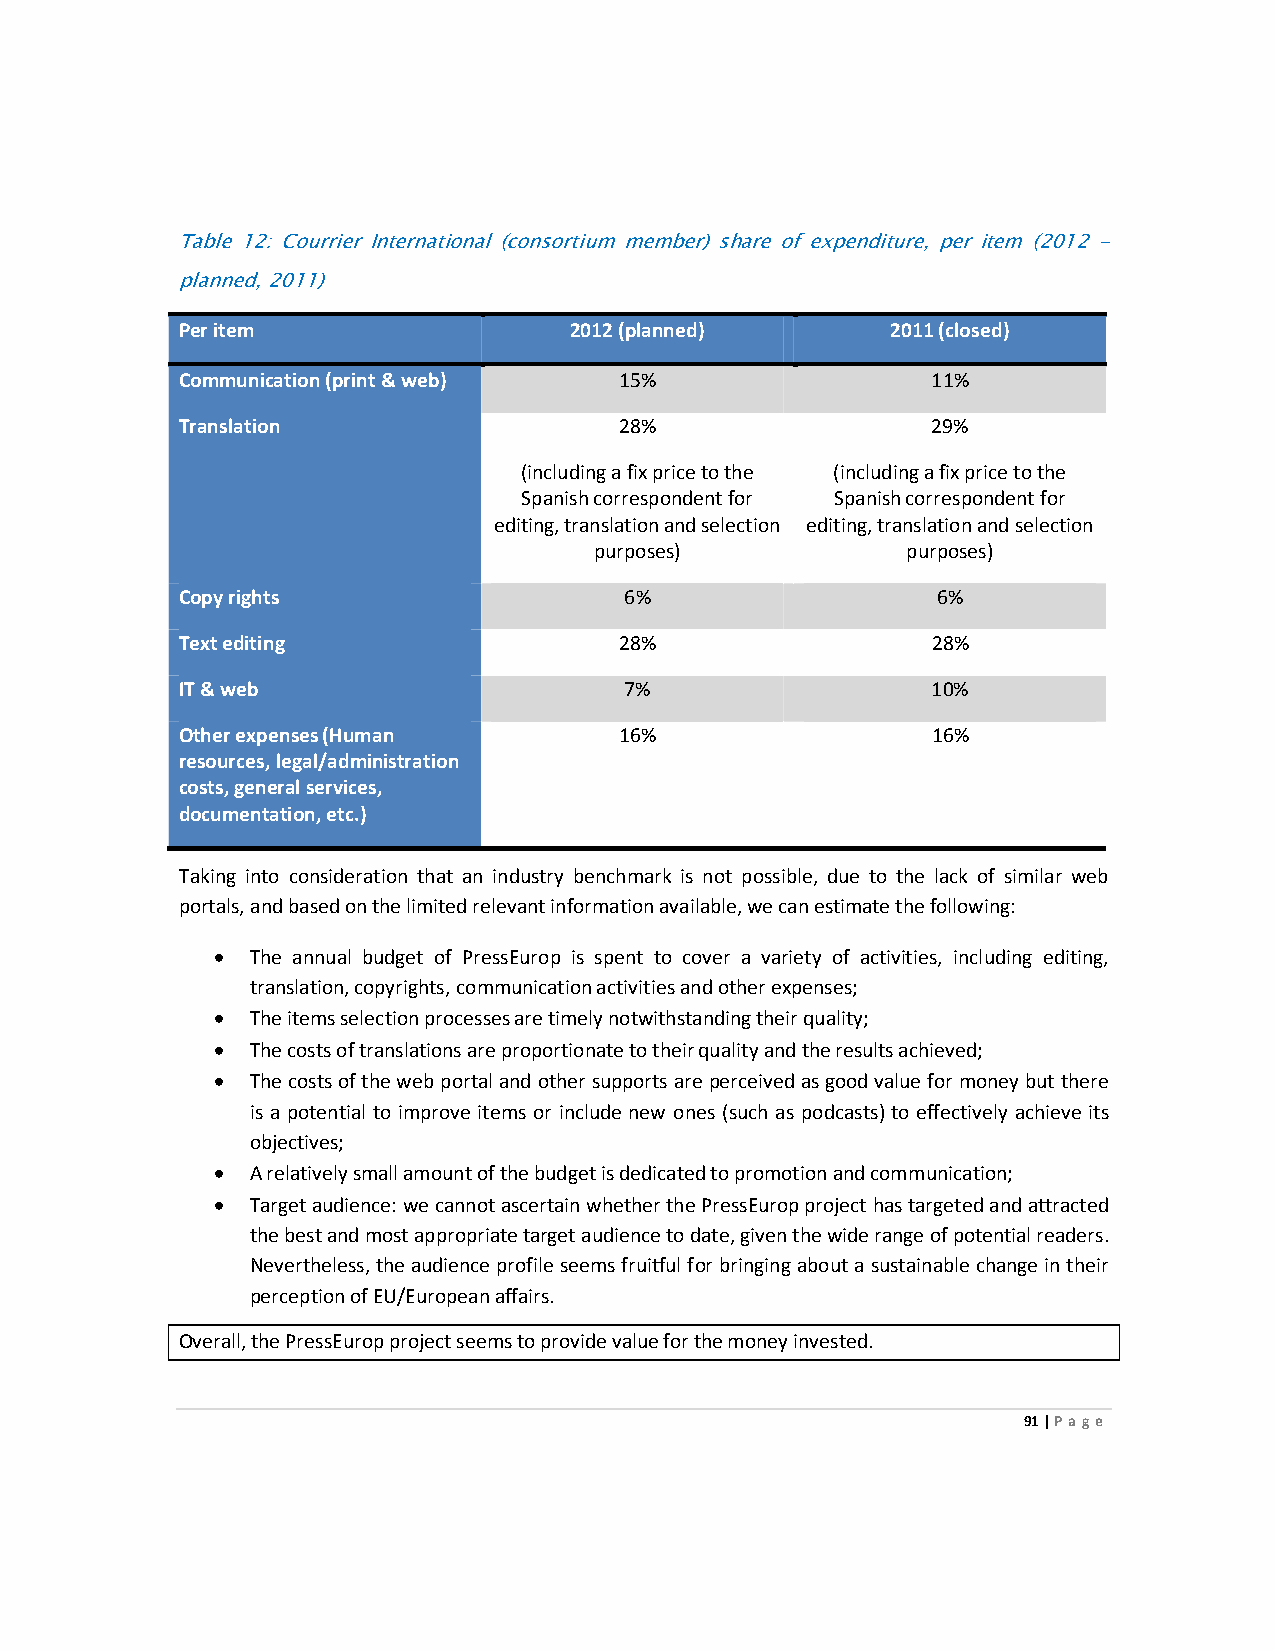
Table 12: Courrier International (consortium member) share of expenditure, per item (2012 -
 planned, 2011)
 Per item                  2012 (planned)       2011 (closed)
 Communication (print & web)  15%                  11%
 Translation                  28%                  29%
 (including a fix price to the (including a fix price to the
 Spanish correspondent for Spanish correspondent for
 editing, translation and selection editing, translation and selection
 purposes)            purposes)
 Copy rights                  6%                   6%
 Text editing                 28%                  28%
 IT & web                     7%                   10%
 Other expenses (Human        16%                  16%
 resources, legal/administration
 costs, general services,
 documentation, etc.)
 Taking into consideration that an industry benchmark is not possible, due to the lack of similar web
 portals, and based on the limited relevant information available, we can estimate the following:
 •  The annual budget of PressEurop is spent to cover a variety of activities, including editing,
 translation, copyrights, communication activities and other expenses;
 •  The items selection processes are timely notwithstanding their quality;
 •  The costs of translations are proportionate to their quality and the results achieved;
 •  The costs of the web portal and other supports are perceived as good value for money but there
 is a potential to improve items or include new ones (such as podcasts) to effectively achieve its
 objectives;
 •  A relatively small amount of the budget is dedicated to promotion and communication;
 •  Target audience: we cannot ascertain whether the PressEurop project has targeted and attracted
 the best and most appropriate target audience to date, given the wide range of potential readers.
 Nevertheless, the audience profile seems fruitful for bringing about a sustainable change in their
 perception of EU/European affairs.
 Overall, the PressEurop project seems to provide value for the money invested.
 91 | Page